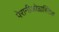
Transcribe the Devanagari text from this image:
पेरानीओप्लास्टिक